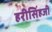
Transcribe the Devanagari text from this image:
हरीसिंहजी